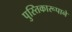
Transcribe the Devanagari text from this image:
पुस्तिकारूपाने